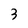
Character: 3